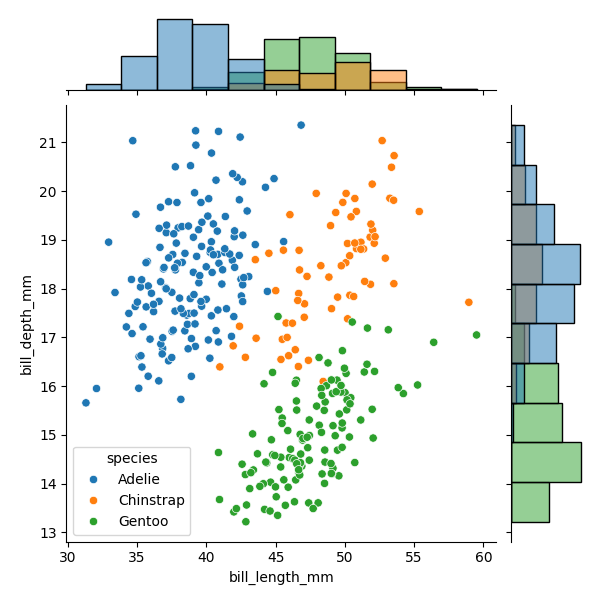
python, seaborn, JointGrid, scatterplot, histplot, hue